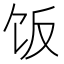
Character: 饭